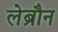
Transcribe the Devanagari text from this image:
लेब्रौन